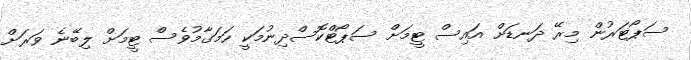
ސަޕޯޓަރުން މިރޭ ދަނޑަށް އައިސް ޓީމަށް ސަޕޯޓްކޮސްދިނުމަކީ ހަމަގާމުވެސް ޓީމަށް ލިބޭނެ ވަރަށް